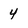
Character: 4